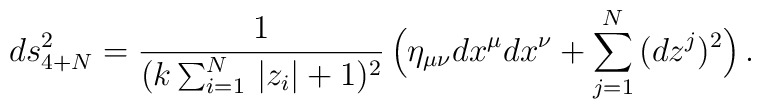
ds_{4+N}^2= \frac{1}{(k\sum_{i=1}^N\,|z_i|+1)^2}\,\Big(\eta_{\mu\nu}dx^{\mu}dx^{\nu} +\sum_{j=1}^N\,(dz^j)^2\Big)\,.